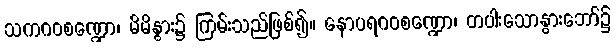
သကဂဝစဏ္ဍော၊ မိမိနွား၌ ကြမ်းသည်ဖြစ်၍။ နောပရဂဝစဏ္ဍော၊ တပါးသောနွားဘော်၌